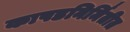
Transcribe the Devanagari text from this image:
कापडनिर्मितीत